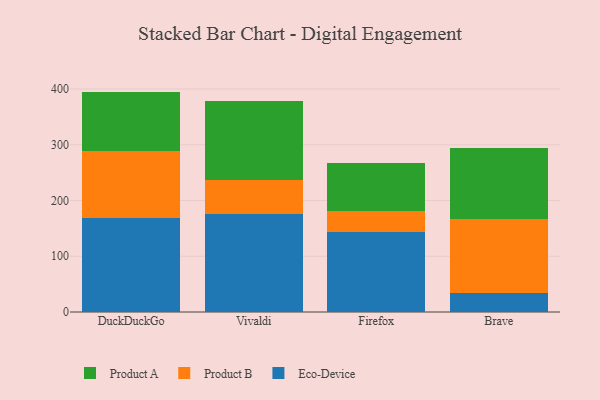
{"axis": {"x": "Browser", "y": "Shipments"}, "legend": ["Eco-Device", "Product A", "Product B"], "data": [{"x": "DuckDuckGo", "y": 167.8, "type": "Eco-Device"}, {"x": "DuckDuckGo", "y": 121.5, "type": "Product B"}, {"x": "DuckDuckGo", "y": 106.0, "type": "Product A"}, {"x": "Vivaldi", "y": 174.9, "type": "Eco-Device"}, {"x": "Vivaldi", "y": 62.1, "type": "Product B"}, {"x": "Vivaldi", "y": 142.3, "type": "Product A"}, {"x": "Firefox", "y": 144.1, "type": "Eco-Device"}, {"x": "Firefox", "y": 36.2, "type": "Product B"}, {"x": "Firefox", "y": 86.6, "type": "Product A"}, {"x": "Brave", "y": 33.9, "type": "Eco-Device"}, {"x": "Brave", "y": 132.3, "type": "Product B"}, {"x": "Brave", "y": 127.9, "type": "Product A"}]}